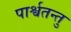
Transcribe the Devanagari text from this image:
पार्श्वतन्तु